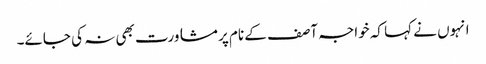
انہوں نے کہا کہ خواجہ آصف کے نام پر مشاورت بھی نہ کی جائے۔